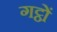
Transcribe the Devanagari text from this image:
गट्ठों